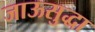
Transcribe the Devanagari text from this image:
जाऊसुद्धा